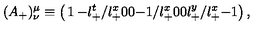
( A _ { + } ) ^ { \mu } _ { \nu } \equiv \left( \begin{matrix} { 1 } & { - l _ { + } ^ { t } / l _ { + } ^ { x } } & { 0 } \\ { 0 } & { - 1 / l _ { + } ^ { x } } & { 0 } \\ { 0 } & { l _ { + } ^ { y } / l _ { + } ^ { x } } & { - 1 } \\ \end{matrix} \right) ,